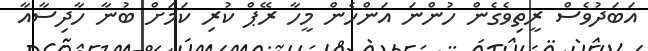
އަބަދުވެސް ރީތިވެގެން ހުންނަ އަންހެން މީހާ ރޭޕް ކުރި ކަމަށް ބުނާ ހާދިސާއާ